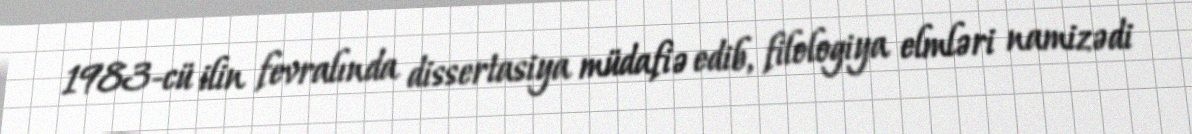
1983-cü ilin fevralında dissertasiya müdafiə edib, filologiya elmləri namizədi